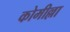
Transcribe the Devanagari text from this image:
कोमील्ला